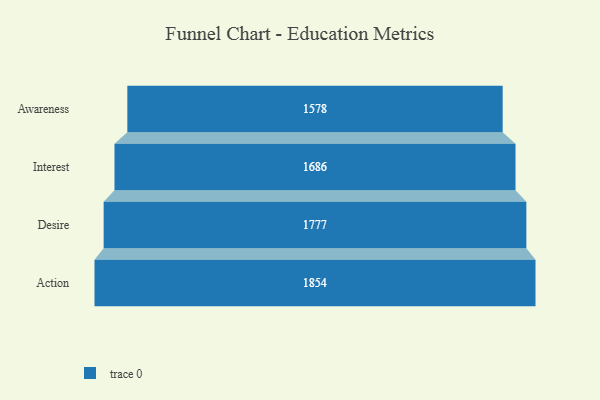
{"axis": {"x": "Stage", "y": "Value"}, "legend": [""], "data": [{"x": "Awareness", "y": 1578.0, "type": ""}, {"x": "Interest", "y": 1686.0, "type": ""}, {"x": "Desire", "y": 1777.0, "type": ""}, {"x": "Action", "y": 1854.0, "type": ""}]}